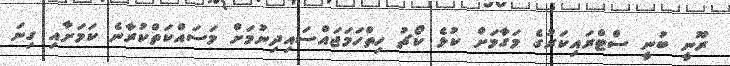
ރޫނީ ބުނީ ސްޓްރައިކަރުގެ މަގާމަށް ކުޅެ ކޯޗު ހިތްހަމަޖައްސައިދިނުމަށް މަސައްކަތްކުރާނެ ކަމަށާއި ގިނަ